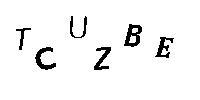
TCUZBE